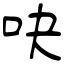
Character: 吷